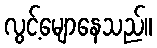
လွင့်မျောနေသည်။